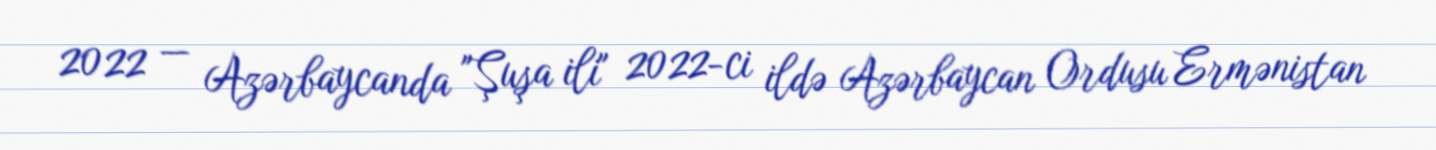
2022 — Azərbaycanda "Şuşa ili" 2022-ci ildə Azərbaycan Ordusu Ermənistan